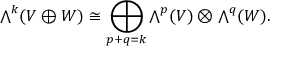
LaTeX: { \textstyle \bigwedge } ^ { k } ( V \oplus W ) \cong \bigoplus _ { p + q = k } { \textstyle \bigwedge } ^ { p } ( V ) \otimes { \textstyle \bigwedge } ^ { q } ( W ) .